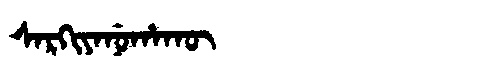
Manchu: ᠰᠠᡵᡴᡳᠶᠠᠨᡠᡥᠠᡴᡡ
Romanization: SARKIYANUHAKŪ